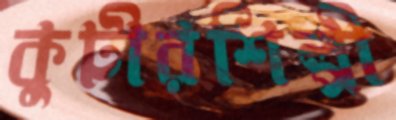
কুটীরশিল্পী